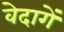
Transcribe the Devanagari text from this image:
वेदागें